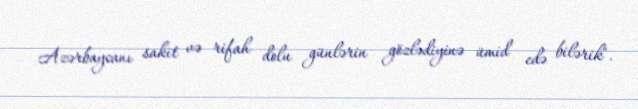
Azərbaycanı sakit və rifah dolu günlərin gözlədiyinə ümid edə bilərik".